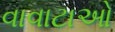
વાવાટાઓ